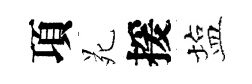
項苑援塩